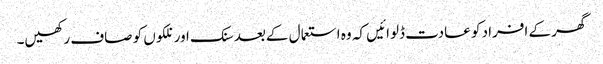
گھر کے افراد کو عادت ڈلوائیں کہ وہ استعما ل کےبعد سنک اور نلکوں کو صاف رکھیں۔